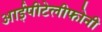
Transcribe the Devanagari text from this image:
आईपीटेलीफोनी